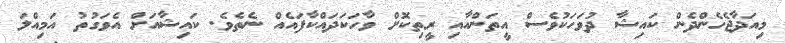
މިއަދާޖެހެންދެން ކައިޝާ ދުވަހަކުވެސް އީތަންއާއި ރީތިކޮށް ވާހަކަދައްކާފައެއް ނެތެވެ. ކައިޝާއަށް އެވަގުތު އަމިއްލަ